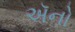
ઍનો